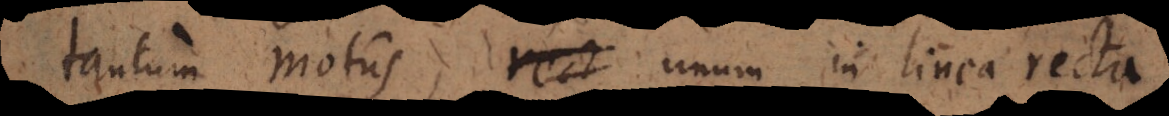
tantum motus, unum in linea recta,